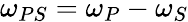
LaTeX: \omega_{PS}=\omega_{P}-\omega_{S}